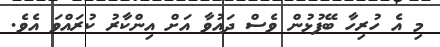
މި އެ ހުރިހާ ބޭފުޅުން ވެސް ދައުވާ އަށް އިންކާރު ކުރައްވަ އެވެ.